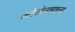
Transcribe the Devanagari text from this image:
केटेकोलामाइन्स